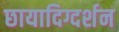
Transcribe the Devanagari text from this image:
छायादिग्दर्शन